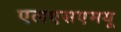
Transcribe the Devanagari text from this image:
एलएसएमयू